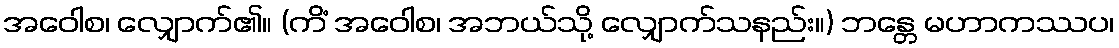
အဝေါစ၊ လျှောက်၏။ (ကိံ အဝေါစ၊ အဘယ်သို့ လျှောက်သနည်း။) ဘန္တေ မဟာကဿပ၊